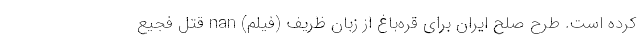
کرده است. طرح صلح ایران برای قره‌باغ از زبان ظريف (فیلم) nan قتل فجیع